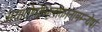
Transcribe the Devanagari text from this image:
अयातोगोभिलोक्तानामम्न्येषां